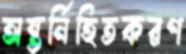
অন্তর্নিহিতকরণ